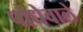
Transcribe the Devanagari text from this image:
पौधेवाले